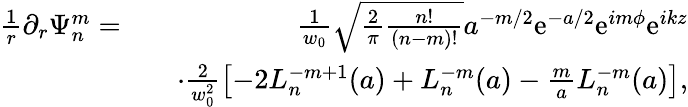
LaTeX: \begin{array}{rlr}{\frac{1}{r}\partial_{r}\Psi_{n}^{m}=}&{}&{\frac{1}{w_{0}}\sqrt{\frac{2}{\pi}\frac{n!}{(n-m)!}}a^{-m/2}\mathrm{e}^{-a/2}\mathrm{e}^{im\phi}\mathrm{e}^{ikz}}\\ &{}&{\cdot\frac{2}{w_{0}^{2}}\left[-2L_{n}^{-m+1}(a)+L_{n}^{-m}(a)-\frac{m}{a}L_{n}^{-m}(a)\right],}\end{array}